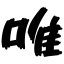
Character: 唯